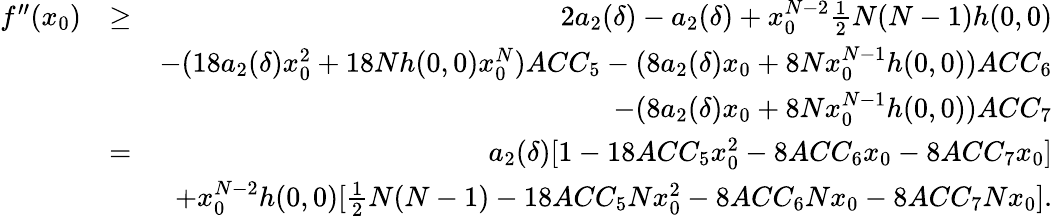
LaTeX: \begin{array}{rlr}{f^{\prime\prime}(x_{0})}&{\geq}&{2a_{2}(\delta)-a_{2}(\delta)+x_{0}^{N-2}\frac{1}{2}N(N-1)h(0,0)}\\ &{}&{-(18a_{2}(\delta)x_{0}^{2}+18Nh(0,0)x_{0}^{N})ACC_{5}-(8a_{2}(\delta)x_{0}+8Nx_{0}^{N-1}h(0,0))ACC_{6}}\\ &{}&{-(8a_{2}(\delta)x_{0}+8Nx_{0}^{N-1}h(0,0))ACC_{7}}\\ &{=}&{a_{2}(\delta)[1-18ACC_{5}x_{0}^{2}-8ACC_{6}x_{0}-8ACC_{7}x_{0}]}\\ &{}&{+x_{0}^{N-2}h(0,0)[\frac{1}{2}N(N-1)-18ACC_{5}Nx_{0}^{2}-8ACC_{6}Nx_{0}-8ACC_{7}Nx_{0}].}\end{array}